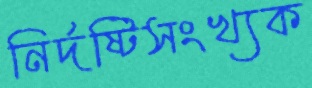
নির্দষ্টিসংখ্যক